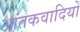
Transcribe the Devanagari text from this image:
आंतकवादियों